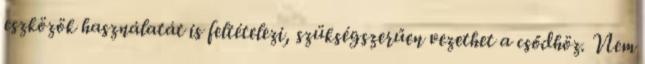
eszközök használatát is feltételezi, szükségszerűen vezethet a csődhöz. Nem